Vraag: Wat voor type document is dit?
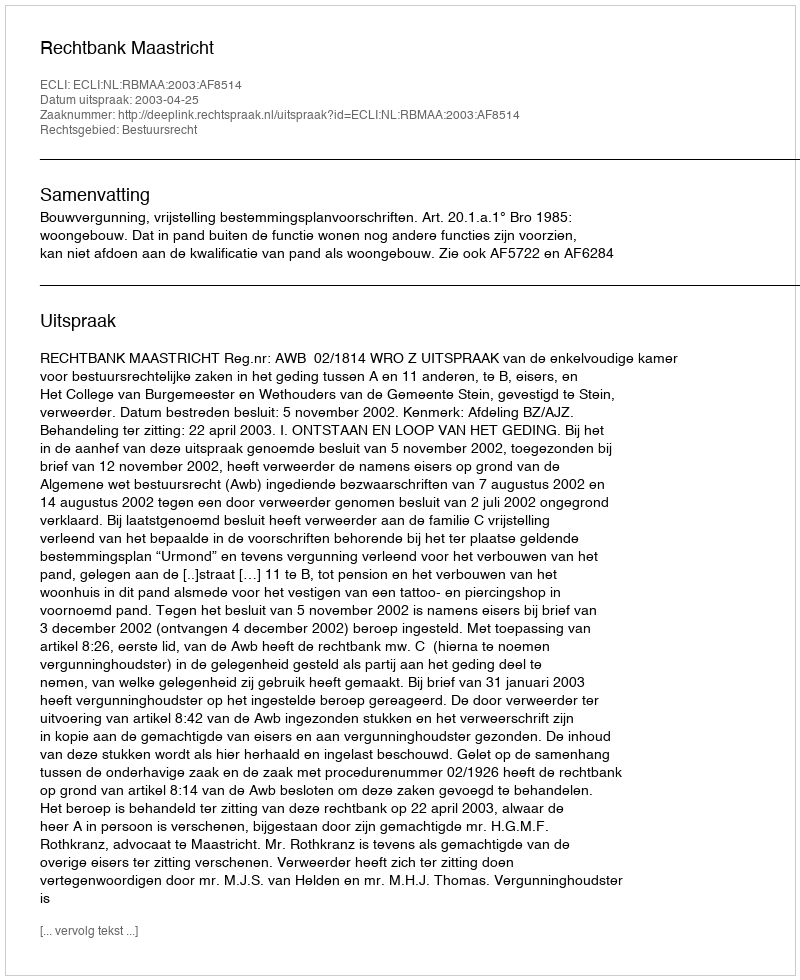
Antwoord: Uitspraak